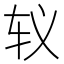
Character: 𰹵